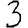
Digit: 3